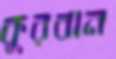
কুরবান